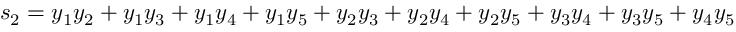
s _ { 2 } = y _ { 1 } y _ { 2 } + y _ { 1 } y _ { 3 } + y _ { 1 } y _ { 4 } + y _ { 1 } y _ { 5 } + y _ { 2 } y _ { 3 } + y _ { 2 } y _ { 4 } + y _ { 2 } y _ { 5 } + y _ { 3 } y _ { 4 } + y _ { 3 } y _ { 5 } + y _ { 4 } y _ { 5 }